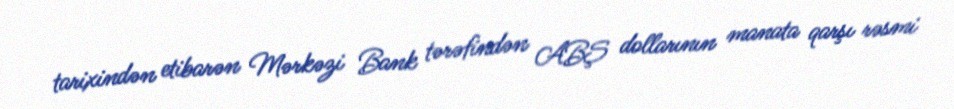
tarixindən etibarən Mərkəzi Bank tərəfindən ABŞ dollarının manata qarşı rəsmi